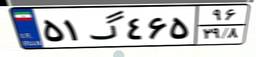
۵۱گ۴۶۵۹۶